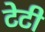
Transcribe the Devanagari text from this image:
टेटी